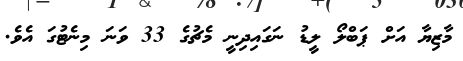
މާޒިޔާ އަށް ޕަބްލޯ ލީޑު ނަގައިދިނީ މެޗުގެ 33 ވަނަ މިނެޓުގަ އެވެ.